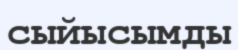
сыйысымды